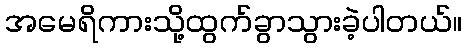
အမေရိကားသို့ထွက်ခွာသွားခဲ့ပါတယ်။